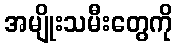
အမျိုးသမီးတွေကို